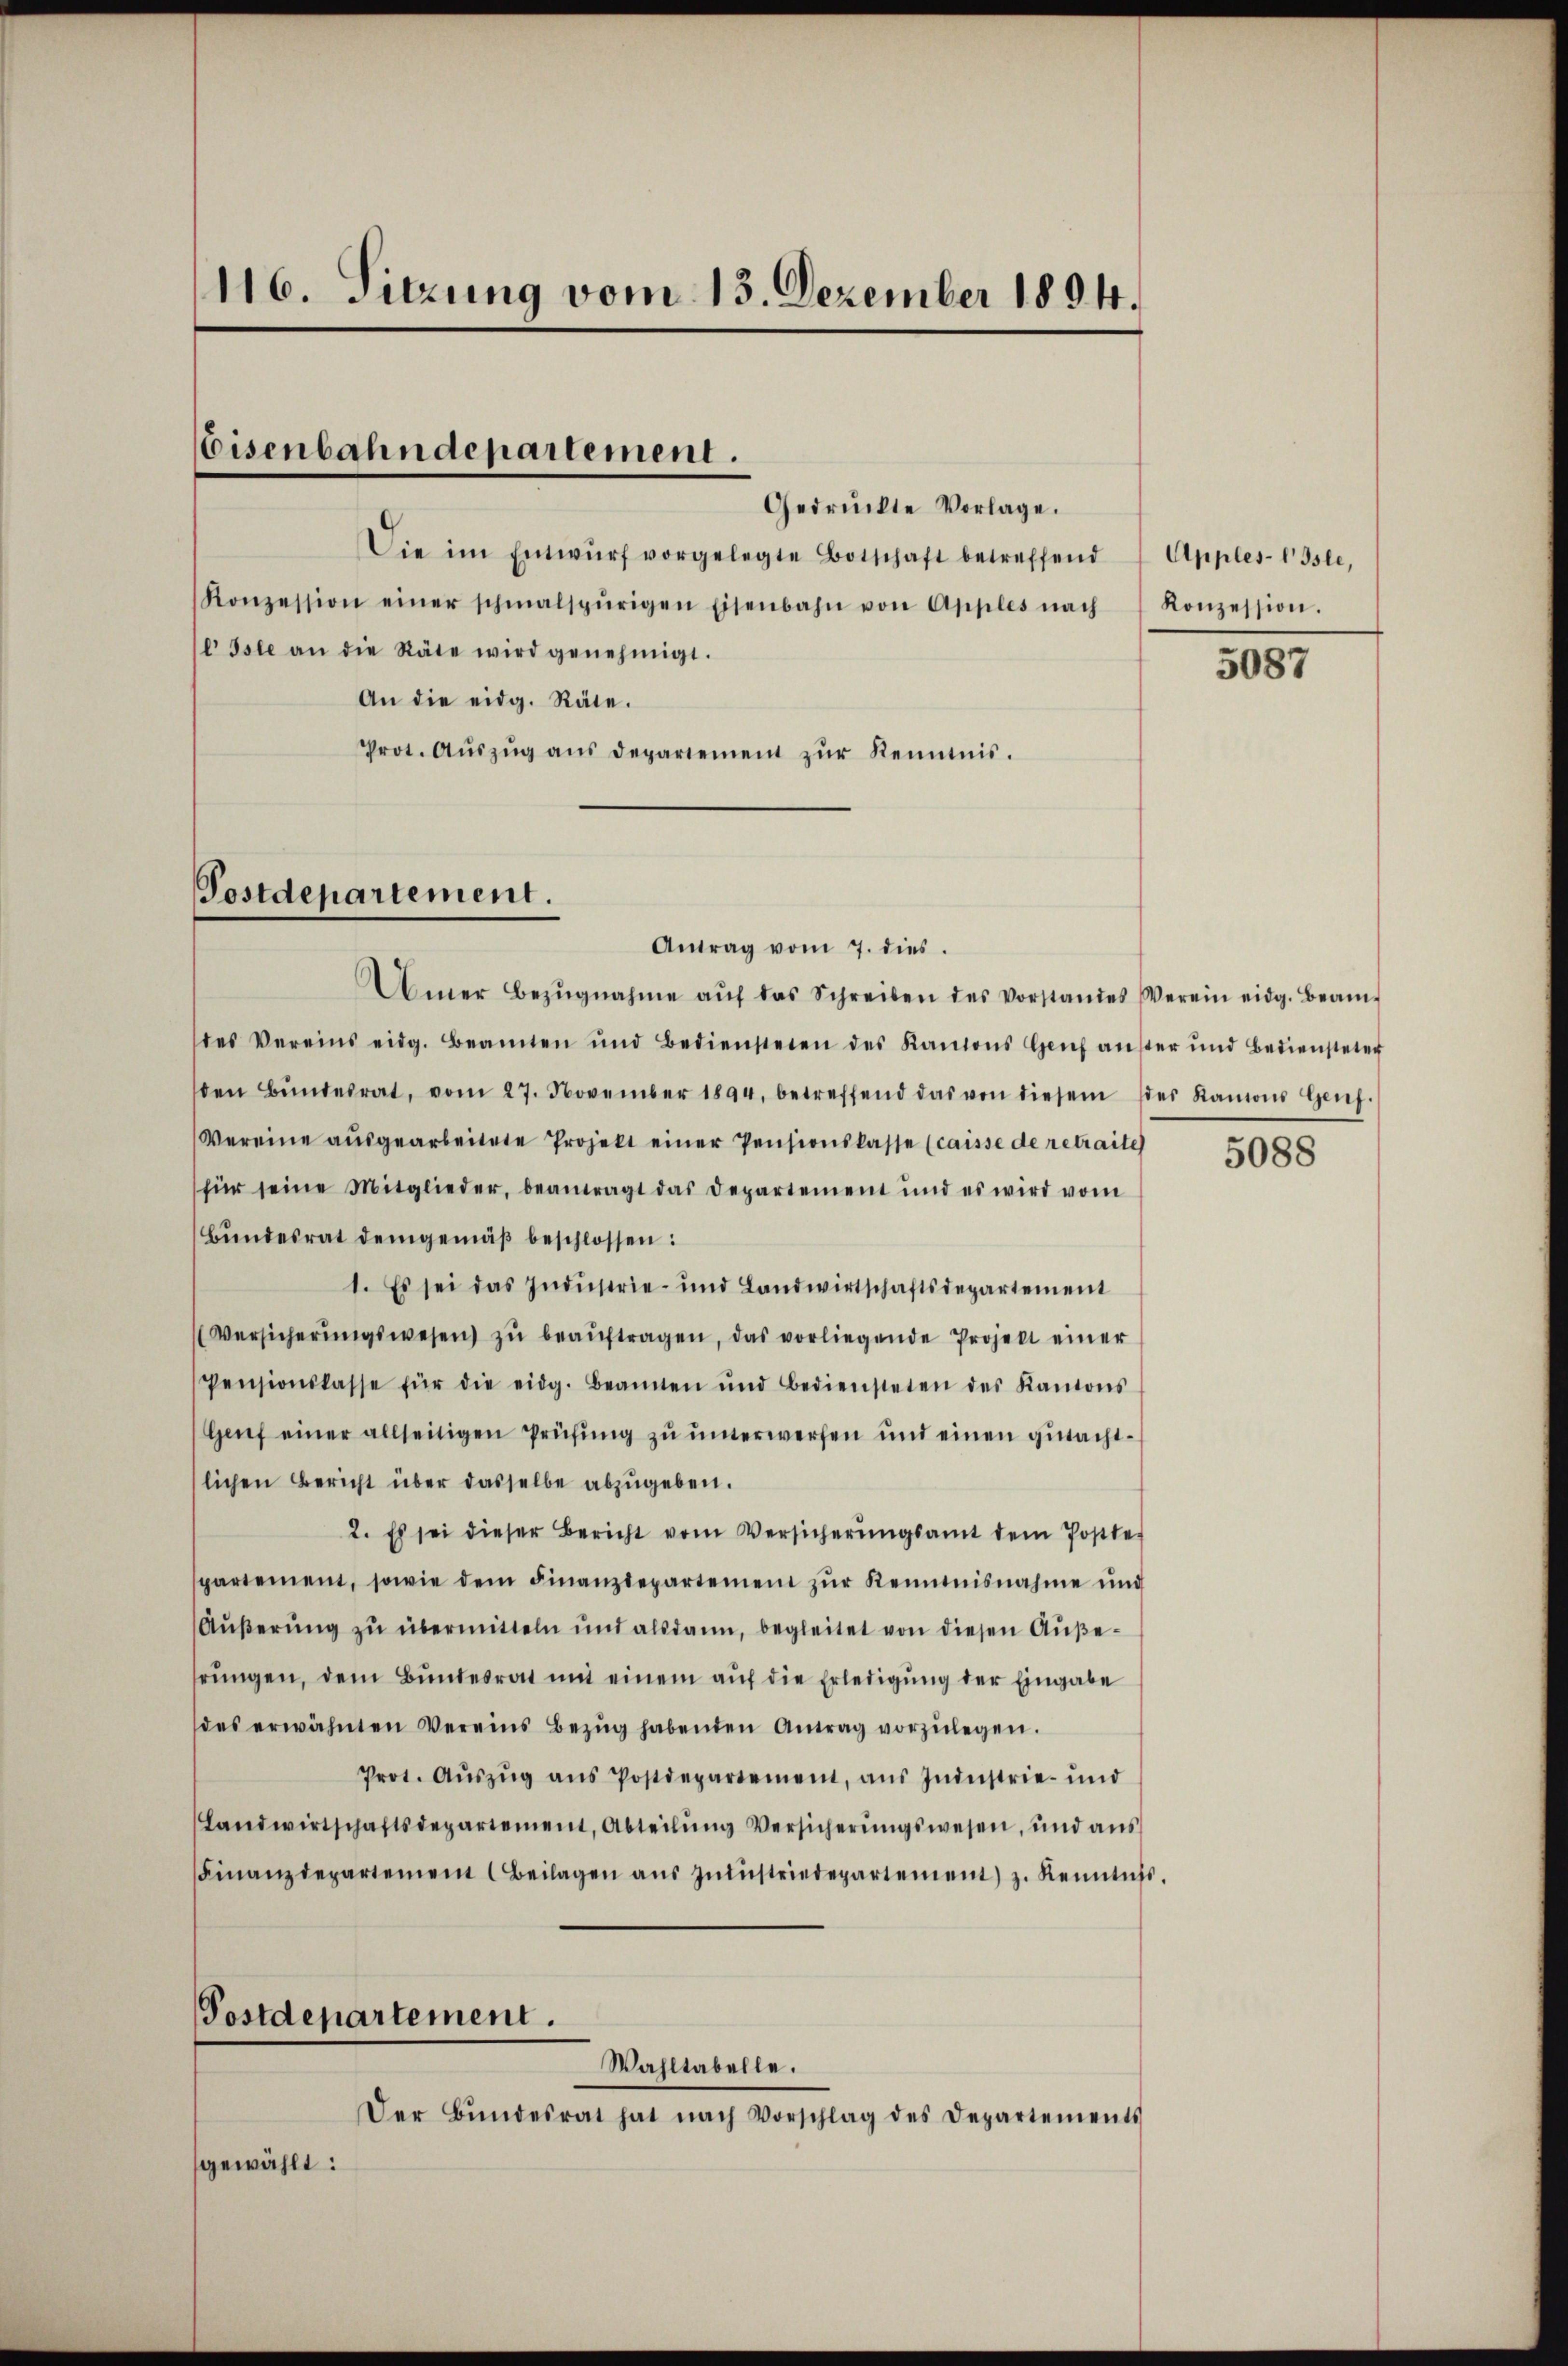
116. Sitzung vom 13. Dezember 1894.

Eisenbahndepartement.

Postdepartement.

Gedrückte Vorlage.
Die im Entwŭrf vorgelegte Botschaft betreffend
Konzession einer schmalspurigen Eisenbahn von Apples nach
e Isle an die Räte wird genehmigt.
An die eidg. Räte.
Prot. Aŭszŭg aŭs departement zŭr Kenntnis.

Antrag vom 7. dies.
Umer Bezŭgnahme aŭf das Schreiben des Vorstandes Verein eidg. Beam-
des Vereins eidg. Beamten und Bediensteren des Kantons Genf auser und Bediensteter
den Bŭndesrat, vom 27. November 1894, betreffend das von diesem des Kanons Genf.
Vereine aŭsgearbeitete Projekt einer Pensionskasse (caisse de retraite
für seine Mitglieder, beantragt das Departement und es wird vom
Bundesrat demgemäß beschlossen:
1. Es sei das Indŭstrie- und Landwirtschaftsdepartement
(Versicherŭngswesen zŭ beaŭftragen, das vorliegende Projekt einer
Pensionskasse für die eidg. Beamten und bediensteten des Kantons
Genf einer allseitigen Prüfung zu unterwerfen und einen gutachtlichen Bericht über dasselbe abzugeben.
2. Es sei dieser Bericht vom Versicherŭngsamt dem Postter
spartement, sowie dem Finanzdepartement zŭr Kenntnisnahme und
Äußerung zu übermitteln und alsdann, begleitet von diesen Außehrŭngen, dem Bundesrat mit einem auf die Erledigung der Eingabe
das erwähnten Vereins Bezŭg habenden Antrag vorzŭlegen.
Prot. Aŭszŭg ans Postdepartement, aŭs Industrie- und
Landwirtschaftsdepartement, Abteilŭng Versicherŭngswesen, und aŭs
Finanzdepartement (Beilagen aŭs zŭmŭstriedepartement z. Kenntŭss.
Postdepartement.
Wahltabelle.
Der Bŭndesrat hat nach Vorschlag des Departements
gewählt:

Apples-E Isle,
Konzession.

5087

5088